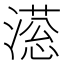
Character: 𣽫